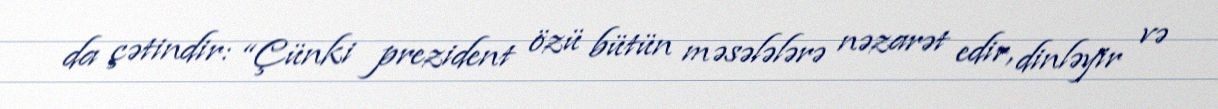
da çətindir: “Çünki prezident özü bütün məsələlərə nəzarət edir, dinləyir və